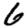
Digit: 6